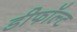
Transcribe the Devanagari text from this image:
डीफॉल्ट